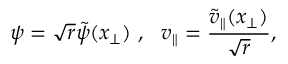
\psi = \sqrt { r } \tilde { \psi } ( x _ { \perp } ) ~ , ~ ~ v _ { \parallel } = \frac { \tilde { v } _ { \parallel } ( x _ { \perp } ) } { \sqrt { r } } ,